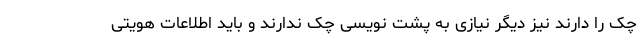
چک را دارند نیز دیگر نیازی به پشت نویسی چک ندارند و باید اطلاعات هویتی